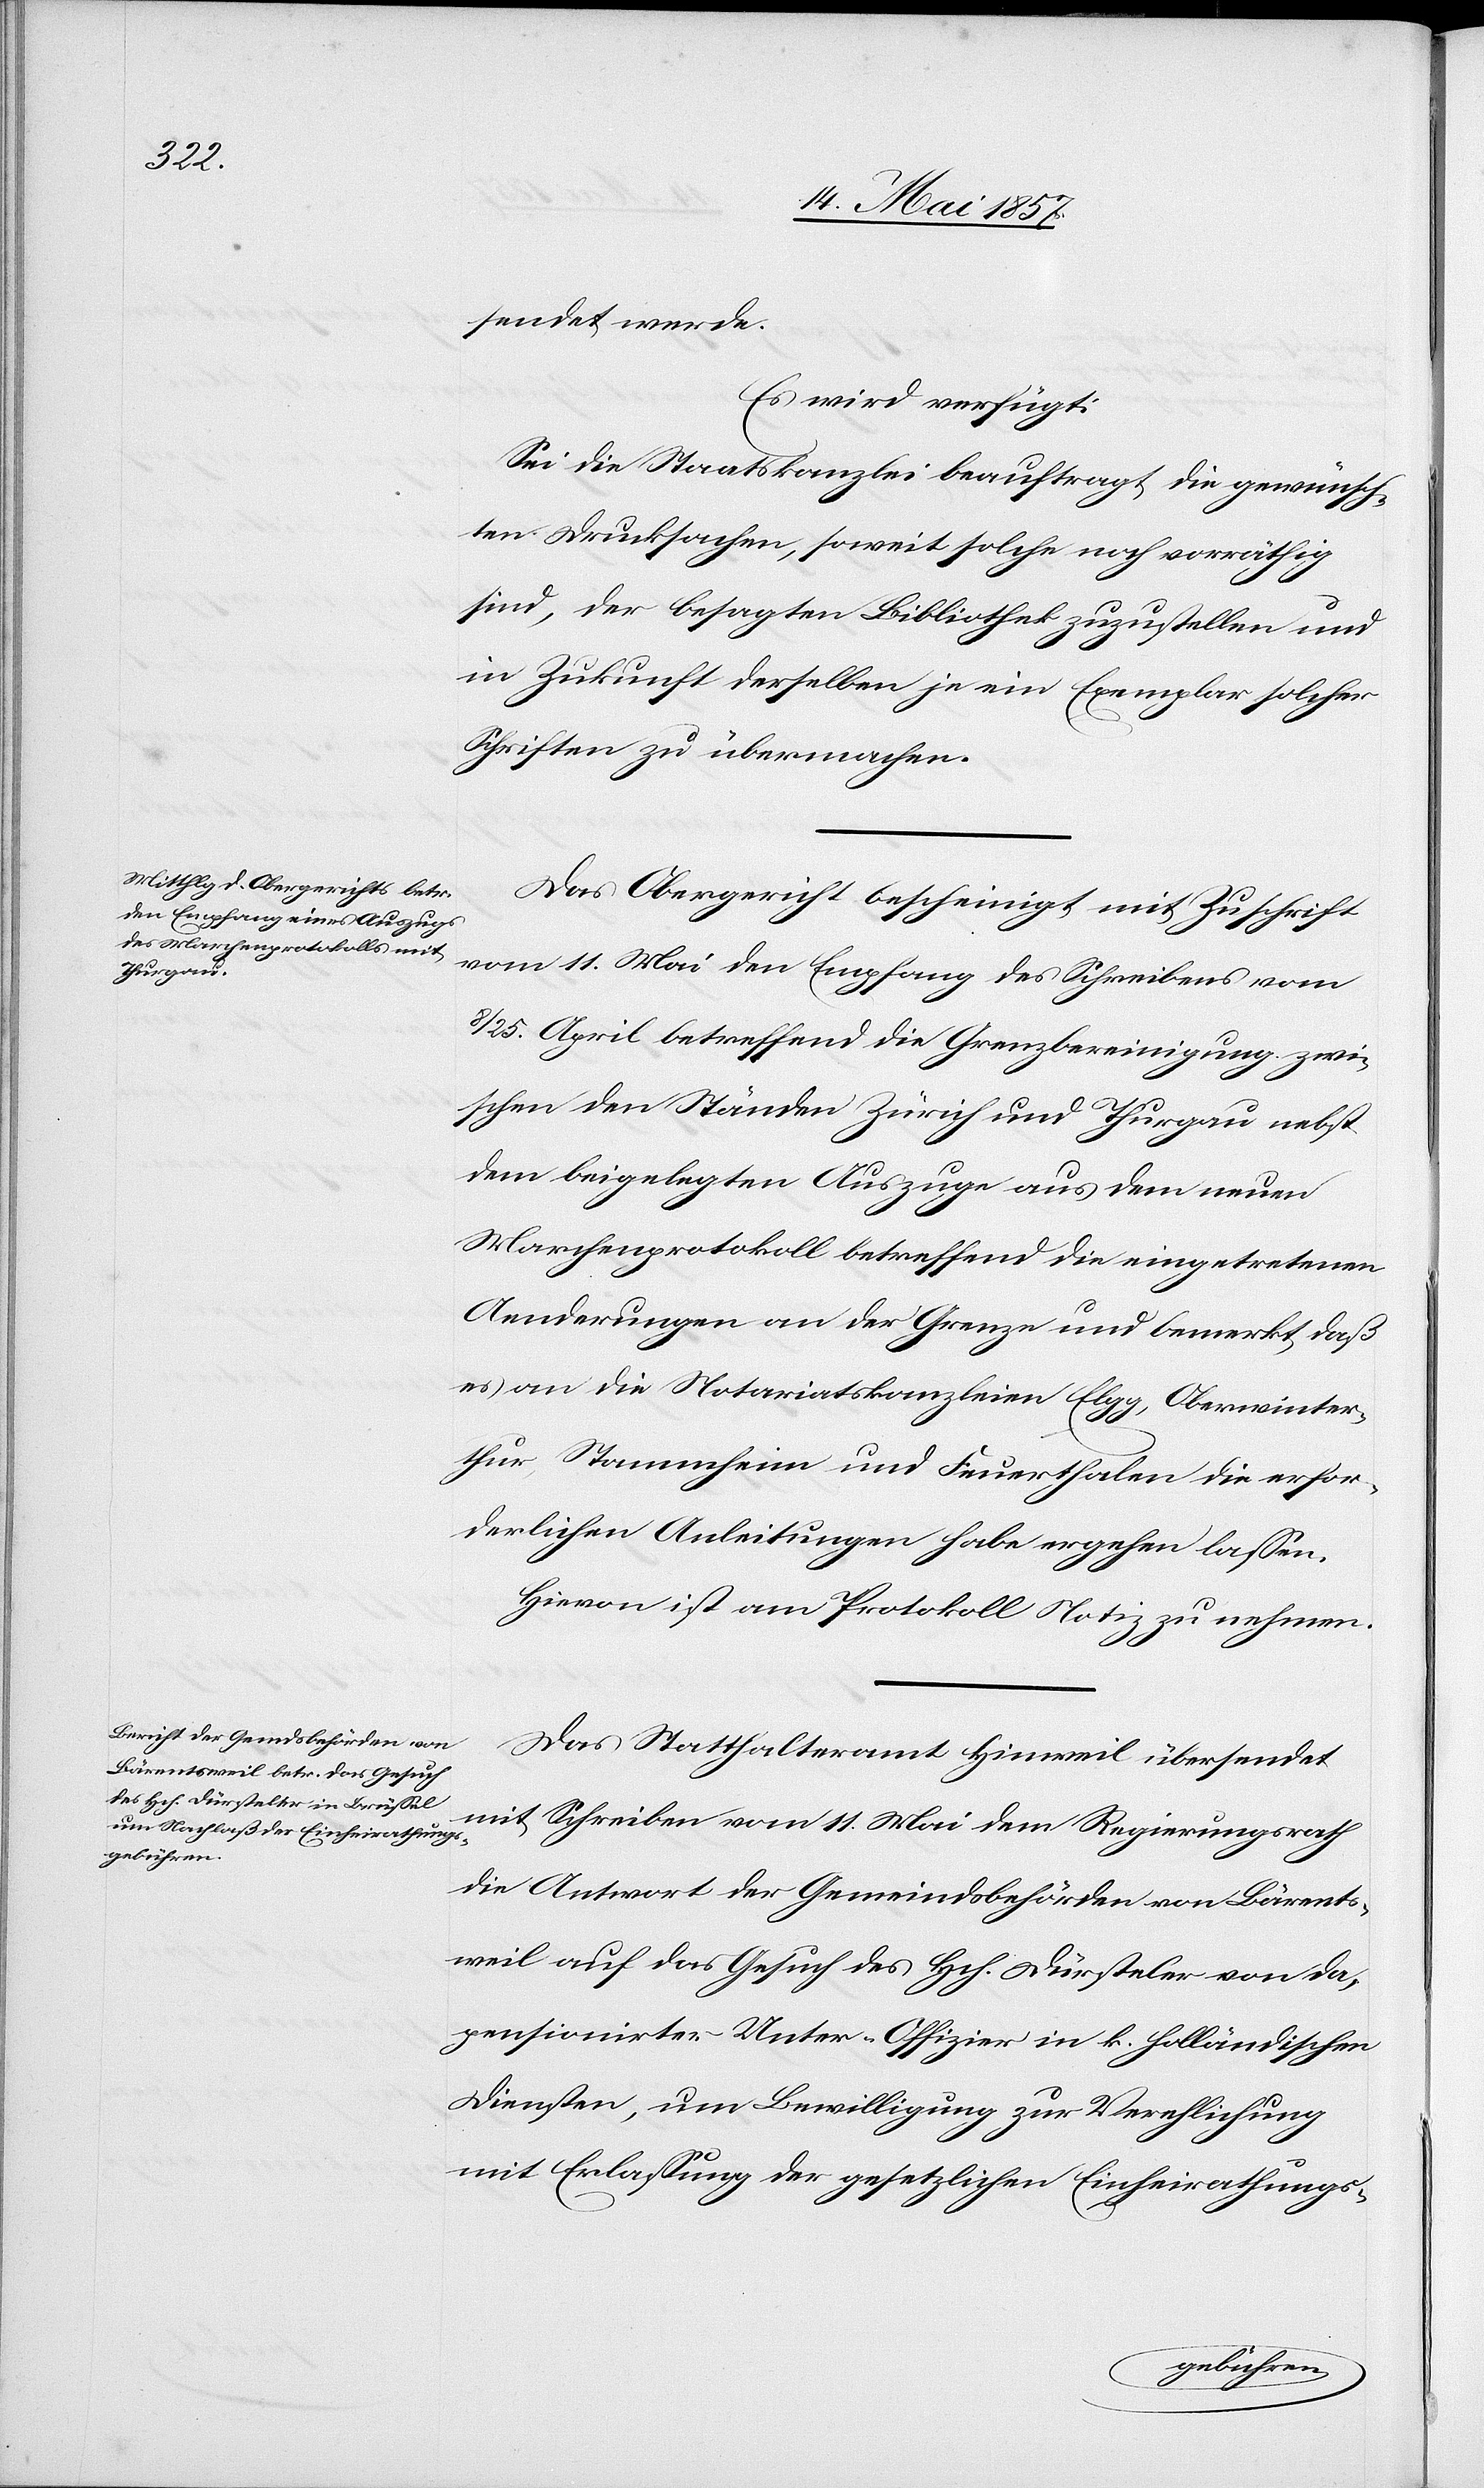
sendet werde.
Es wird verfügt:
Sei die Staatskanzlei beauftragt, die gewünsch¬
ten Drucksachen, soweit solche noch vorräthig
sind, der besagten Bibliothek zuzustellen und
in Zukunft derselben je ein Exemplar solcher
Schriften zu übermachen.
Das Obergericht bescheinigt mit Zuschrift
vom 11 Mai den Empfang des Schreibens vom
8/25 April betreffend die Grenzbereinigung zwi¬
schen den Ständen Zürich und Thurgau nebst
dem beigelegten Auszuge aus dem neuen
Marchenprotokoll betreffend die eingetretenen
Aenderungen an der Grenze und bemerkt, daß
es an die Notariatskanzleien Elgg, Oberwinter¬
thur, Stammheim und Feuerthalen die erfor¬
derlichen Anleitungen habe ergehen lassen.
Hievon ist am Protokoll Notiz zu nehmen.
Das Statthalteramt Hinweil übersendet
mit Schreiben vom 11 Mai dem Regierungsrath
die Antwort der Gemeindsbehörden von Bärents¬
weil auf das Gesuch des Hch. Dürsteler von da,
pensionirter Unter-Offizier in k. holländischen
Diensten, um Bewilligung zur Verehlichung
mit Erlassung der gesetzlichen Einheirathungs-